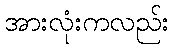
အားလုံးကလည်း